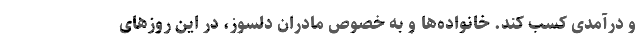
و درآمدی کسب کند. خانواده‌ها و به خصوص مادران دلسوز، در این روزهای